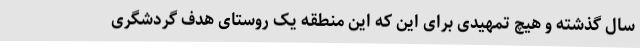
سال گذشته و هیچ تمهیدی برای این که این منطقه یک روستای هدف گردشگری